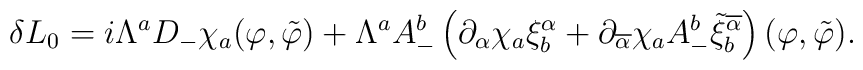
\delta L_0 =i\Lambda^a D_- \chi_a (\varphi ,\tilde{\varphi})+\Lambda^a A_{-}^{b} \left( \partial_\alpha \chi_a \xi^{\alpha}_{b}+\partial_{\overline{\alpha}} \chi_a A_{-}^{b}\tilde{\xi}^{\overline{\alpha}}_b \right) (\varphi ,\tilde{\varphi}) .